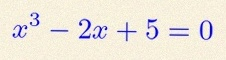
x^3-2x+5=0